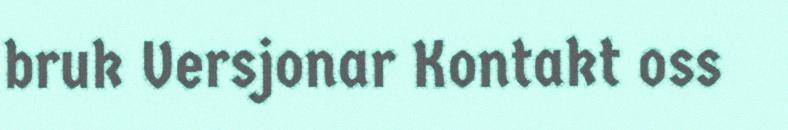
bruk Versjonar Kontakt oss